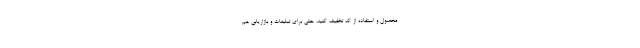
محصول و استفاده از کد تخفیف کنید. حتی برای تبلیغات و بازاریابی هم